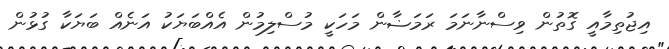
އިޖުތިމާއީ ގޮތުން ވިސްނާނަމަ ރަމަޟާން މަހަކީ މުސްލިމުން އެއްބަޔަކު އަނެއް ބަޔަކާ ގުޅުން